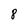
Character: 8